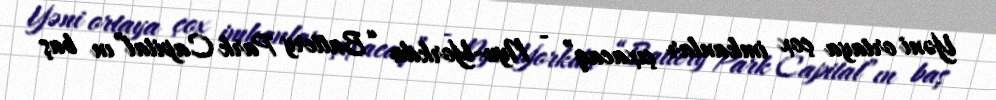
Yəni ortaya çox imkanlar çıxacaq” - Nyu-Yorkda “Battery Park Capital”ın baş